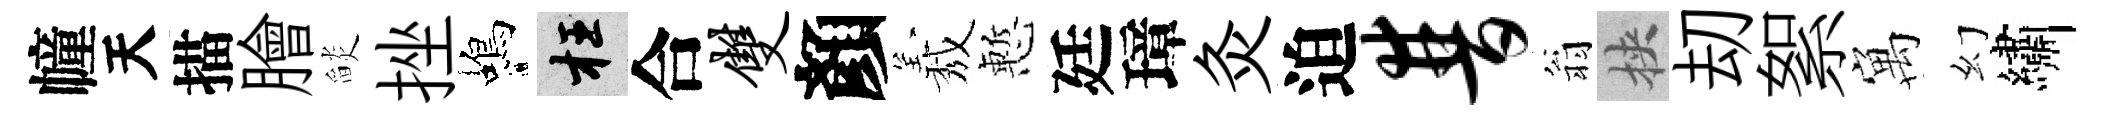
幢天描膾𦦨挫蝎枉合双顏𦏁慙廷璋灸迫普翁挾刧絮寓幻繡